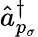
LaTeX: \hat{a}_{p_{\sigma}}^{\dagger}